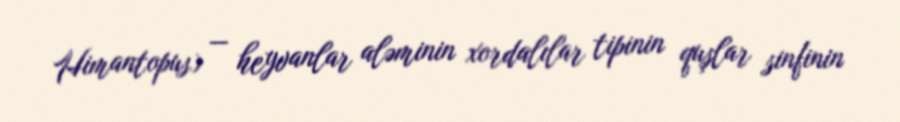
Himantopus) — heyvanlar aləminin xordalılar tipinin quşlar sinfinin